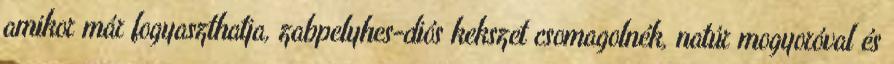
amikor már fogyaszthatja, zabpelyhes-diós kekszet csomagolnék, natúr mogyoróval és